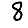
Digit: 8